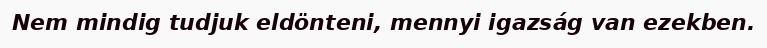
Nem mindig tudjuk eldönteni, mennyi igazság van ezekben.